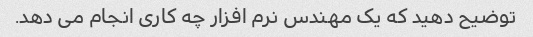
توضیح دهید که یک مهندس نرم افزار چه کاری انجام می دهد.